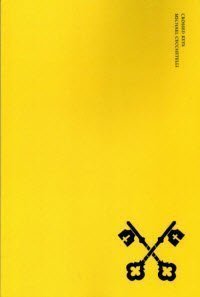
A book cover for Crossed Keys; Michael Cecchetelli; Religion & Spirituality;